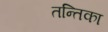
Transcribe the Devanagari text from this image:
तन्तिका